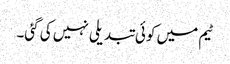
ٹیم میں کوئی تبدیلی نہیں کی گئی۔